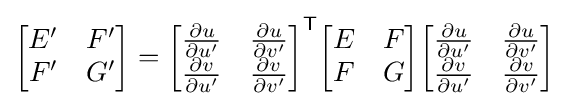
{\begin{bmatrix}E'&F'\\F'&G'\end{bmatrix}}={\begin{bmatrix}{\frac {\partial u}{\partial u'}}&{\frac {\partial u}{\partial v'}}\\{\frac {\partial v}{\partial u'}}&{\frac {\partial v}{\partial v'}}\end{bmatrix}}^{\mathsf {T}}{\begin{bmatrix}E&F\\F&G\end{bmatrix}}{\begin{bmatrix}{\frac {\partial u}{\partial u'}}&{\frac {\partial u}{\partial v'}}\\{\frac {\partial v}{\partial u'}}&{\frac {\partial v}{\partial v'}}\end{bmatrix}}